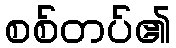
စစ်တပ်၏